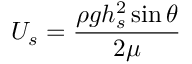
U _ { s } = \frac { \rho g h _ { s } ^ { 2 } \sin \theta } { 2 \mu }